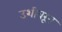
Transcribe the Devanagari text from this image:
उशीवरून